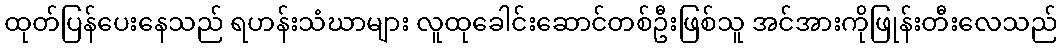
ထုတ်ပြန်ပေးနေသည် ရဟန်းသံဃာများ လူထုခေါင်းဆောင်တစ်ဦးဖြစ်သူ အင်အားကိုဖြုန်းတီးလေသည်